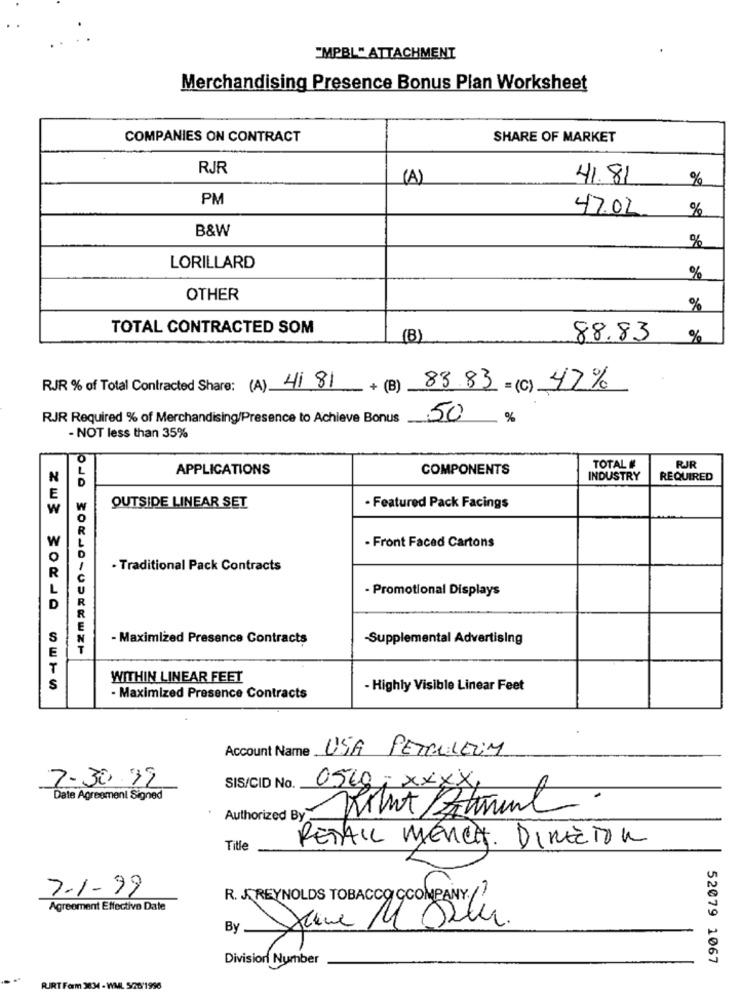
"MPBL" ATTACHMENT
Merchandising Presence Bonus Plan Worksheet
COMPANIES ON CONTRACT
SHARE OF MARKET
RJR
(A)
41.81
%
PM
47.02
%
B&W
%
LORILLARD
%
OTHER
%
TOTAL CONTRACTED SOM
(B)
88.83
%
RJR % of Total Contracted Share: (A) 41 81 + (B) 83 83 =(C) 47%
RJR Required % of Merchandising/Presence to Achieve Bonus
50
%
- NOT less than 35%
APPLICATIONS
COMPONENTS
TOTAL #
RJR
N
INDUSTRY
REQUIRED
W
OUTSIDE LINEAR SET
- Featured Pack Facings
- Front Faced Cartons
- Traditional Pack Contracts
- Promotional Displays
- Maximized Presence Contracts
-Supplemental Advertising
WITHIN LINEAR FEET
- Highly Visible Linear Feet
- Maximized Presence Contracts
Account Name USA PETROLEUM
7-30.92
SIS/CID No.
0560 ; XXXX,
Date Agreement Signed
.
Authorized By
RETAIL MERCH. DIRECTOR
Title
7-1-99
R. JREYNOLDS TOBACCO COMPANY./?
Agreement Effective Date
By
Division Number
52079 1067
RIRT Farm 3834 - WML 5/26'1956